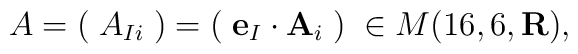
A = (\;A_{Ii}\;)=(\;{\bf e}_{I} \cdot {\bf A}_{i}\;)\; \in M(16,6,{\bf R}),